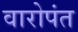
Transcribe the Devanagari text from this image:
वारोपंत